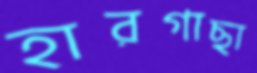
হারগাছা